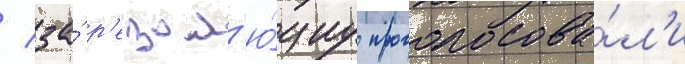
/ за́ р'езол'ю́циу проголосова́л'и